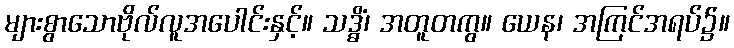
များစွာသောဗိုလ်လူအပေါင်းနှင့်။ သဒ္ဓိံ၊ အတူတကွ။ ယေန၊ အကြင်အရပ်၌။